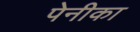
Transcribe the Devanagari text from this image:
पेनीका